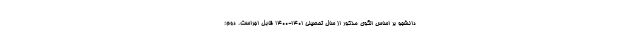
دانشجو بر اساس الگوی مذکور از سال تحصیلی ۱۴۰۱-۱۴۰۰ قابل اجراست. دوم: